Punjab Mental Hospital Lahore 1932-46 - 1932-1946
Year: 1932
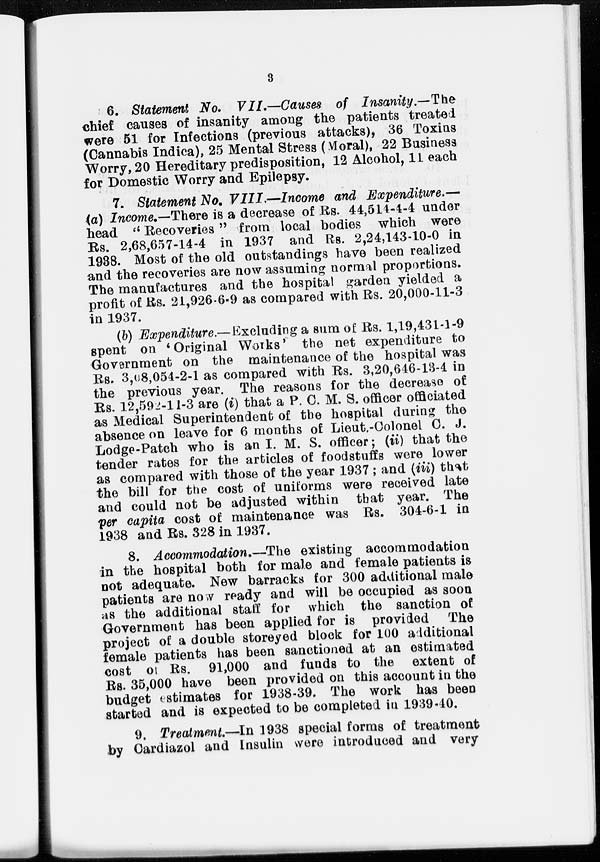
3
6. Statement No. VII.—Causes of Insanity.—The
chief causes of insanity among the patients treated
were 51 for Infections (previous attacks), 36 Toxins
(Cannabis Indica), 25 Mental Stress (Moral), 22 Business
Worry, 20 Hereditary predisposition, 12 Alcohol, 11 each
for Domestic Worry and Epilepsy.
7. Statement No. VIII.—Income and Expenditure.—
(a) Income.—There is a decrease of Rs. 44,514-4-4 under
head " Recoveries " from local bodies which were
Rs. 2,68,657-14-4 in 1937 and Rs. 2,24,143-10-0 in
1938. Most of the old outstandings have been realized
and the recoveries are now assuming normal proportions.
The manufactures and the hospital garden yielded a
profit of Rs. 21,926-6-9 as compared with Rs. 20,000-11-3
in 1937.
(b) Expenditure.—Excluding a sum of Rs. 1,19,431-1-9
spent on ' Original Works ' the net expenditure to
Government on the maintenance of the hospital was
Rs. 3,08,054-2-1 as compared with Rs. 3,20,646-13-4 in
the previous year. The reasons for the decrease of
Rs. 12,592-11-3 are (i) that a P. C. M. S. officer officiated
as Medical Superintendent of the hospital during the
absence on leave for 6 months of Lieut -Colonel C. J.
Lodge-Patch who is an I. M. S. officer ; (ii) that the
tender rates for the articles of foodstuffs were lower
as compared with those of the year 1937 ; and (iii) that
the bill for the cost of uniforms were received late
and could not be adjusted within that year. The
per capita cost of maintenance was Rs. 304-6-1 in
1938 and Rs. 328 in 1937.
8. Accommodation.—The existing accommodation
in the hospital both for male and female patients is
not adequate. New barracks for 300 additional male
patients are now ready and will be occupied as soon
as the additional staff for which the sanction of
Government has been applied for is provided. The
project of a double storeyed block for 100 additional
female patients has been sanctioned at an estimated
cost of Rs. 91,000 and funds to the extent of
Rs. 35,000 have been provided on this account in the
budget estimates for 1938-39. The work has been
started and is expected to be completed in 1939-40.
9. Treatment.—In 1938 special forms of treatment
by Cardiazol and Insulin were introduced and very